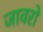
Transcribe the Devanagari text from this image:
जावरो